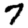
Digit: 7